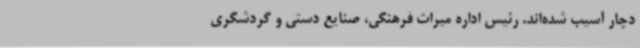
دچار آسیب شده‌اند. رئیس اداره میراث فرهنگی، صنایع دستی و گردشگری